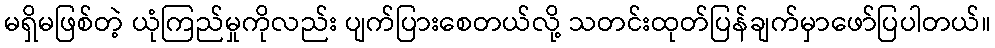
မရှိမဖြစ်တဲ့ ယုံကြည်မှုကိုလည်း ပျက်ပြားစေတယ်လို့ သတင်းထုတ်ပြန်ချက်မှာဖော်ပြပါတယ်။